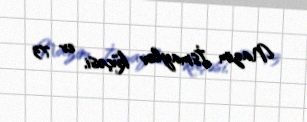
Nazim İsmaylov küçəsi, ev 73